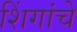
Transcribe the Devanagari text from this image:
शिंगांचे